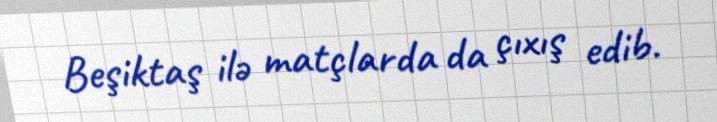
Beşiktaş ilə matçlarda da çıxış edib.